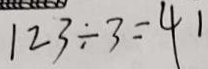
1 2 3 \div 3 = 4 1